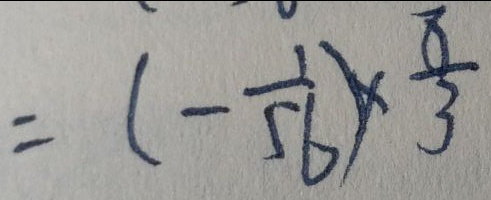
= ( - \frac { 1 } { 5 6 } ) \times \frac { 8 } { 3 }